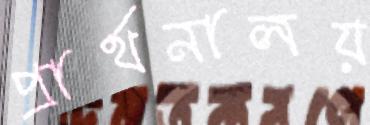
প্রার্থনালয়